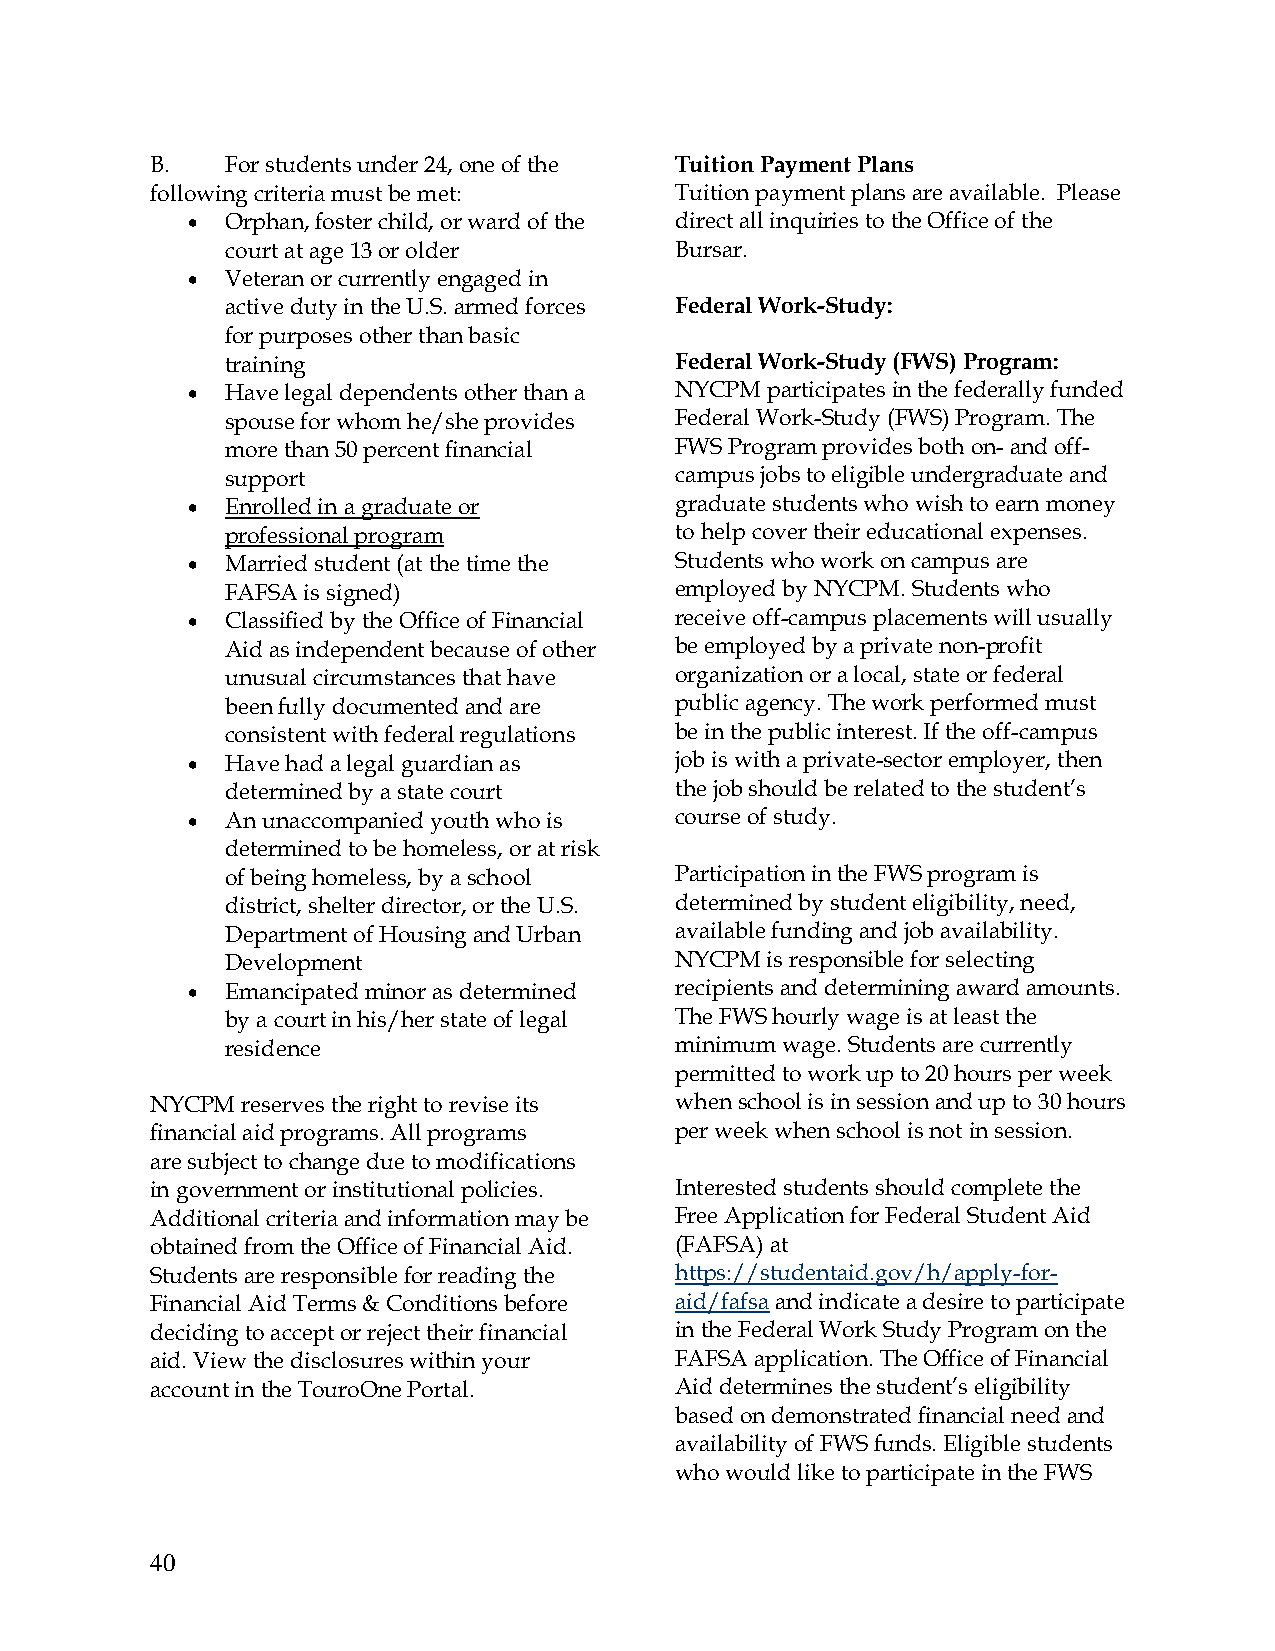
B.   For students under 24, one of the Tuition Payment Plans
 following criteria must be met:    Tuition payment plans are available. Please
 •  Orphan, foster child, or ward of the direct all inquiries to the Office of the
 court at age 13 or older      Bursar.
 •  Veteran or currently engaged in
 active duty in the U.S. armed forces Federal Work-Study:
 for purposes other than basic
 training                      Federal Work-Study (FWS) Program:
 •  Have legal dependents other than a NYCPM participates in the federally funded
 spouse for whom he/she provides Federal Work-Study (FWS) Program. The
 more than 50 percent financial FWS Program provides both on- and off-
 support                       campus jobs to eligible undergraduate and
 •  Enrolled in a graduate or     graduate students who wish to earn money
 professional program          to help cover their educational expenses.
 •  Married student (at the time the Students who work on campus are
 FAFSA is signed)              employed by NYCPM. Students who
 •  Classified by the Office of Financial receive off-campus placements will usually
 Aid as independent because of other be employed by a private non-profit
 unusual circumstances that have organization or a local, state or federal
 been fully documented and are public agency. The work performed must
 consistent with federal regulations be in the public interest. If the off-campus
 •  Have had a legal guardian as  job is with a private-sector employer, then
 determined by a state court   the job should be related to the student’s
 •  An unaccompanied youth who is course of study.
 determined to be homeless, or at risk
 of being homeless, by a school Participation in the FWS program is
 district, shelter director, or the U.S. determined by student eligibility, need,
 Department of Housing and Urban available funding and job availability.
 Development                   NYCPM is responsible for selecting
 •  Emancipated minor as determined recipients and determining award amounts.
 by a court in his/her state of legal The FWS hourly wage is at least the
 residence                     minimum wage. Students are currently
 permitted to work up to 20 hours per week
 NYCPM reserves the right to revise its when school is in session and up to 30 hours
 financial aid programs. All programs per week when school is not in session.
 are subject to change due to modifications
 in government or institutional policies. Interested students should complete the
 Additional criteria and information may be Free Application for Federal Student Aid
 obtained from the Office of Financial Aid. (FAFSA) at
 Students are responsible for reading the https://studentaid.gov/h/apply-for-
 Financial Aid Terms & Conditions before aid/fafsa and indicate a desire to participate
 deciding to accept or reject their financial in the Federal Work Study Program on the
 aid. View the disclosures within your FAFSA application. The Office of Financial
 account in the TouroOne Portal.    Aid determines the student’s eligibility
 based on demonstrated financial need and
 availability of FWS funds. Eligible students
 who would like to participate in the FWS
 40